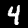
Label: 4